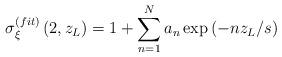
LaTeX: \begin{align*}\sigma _\xi ^{(fit)}\left( 2,z_L\right) =1+\sum_{n=1}^{N}a_n\exp\left( -nz_L/s\right)\end{align*}